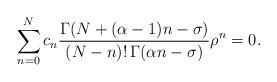
LaTeX: \begin{align*}\sum_{n=0}^Nc_n {\Gamma(N+(\alpha-1)n-\sigma) \over(N-n)!\,\Gamma(\alpha n-\sigma)} \rho^n=0.\end{align*}